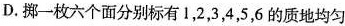
D.挪一枚六个面分别标有1，2，3，4，5，6的质地均匀